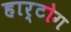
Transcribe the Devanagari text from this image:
हार्टोग